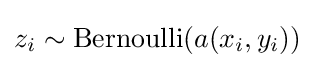
z_{i}\sim {\text{Bernoulli}}(a(x_{i},y_{i}))